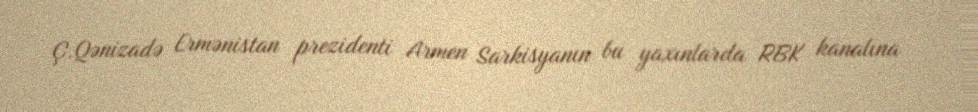
Ç.Qənizadə Ermənistan prezidenti Armen Sarkisyanın bu yaxınlarda RBK kanalına